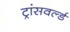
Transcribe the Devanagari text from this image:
ट्रांसवर्ल्ड